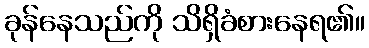
ခုန်နေသည်ကို သိရှိခံစားနေရ၏။